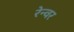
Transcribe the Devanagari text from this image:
रेन्वर